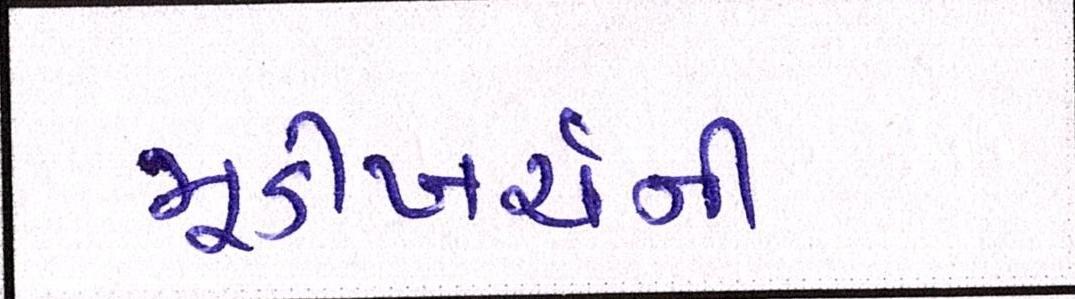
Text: મૂડીખર્ચની